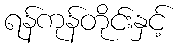
ရန်ကုန်တိုင်းနှင့်